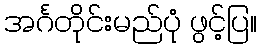
အင်္ဂတိုင်းမည်ပုံ ဖွင့်ပြ။